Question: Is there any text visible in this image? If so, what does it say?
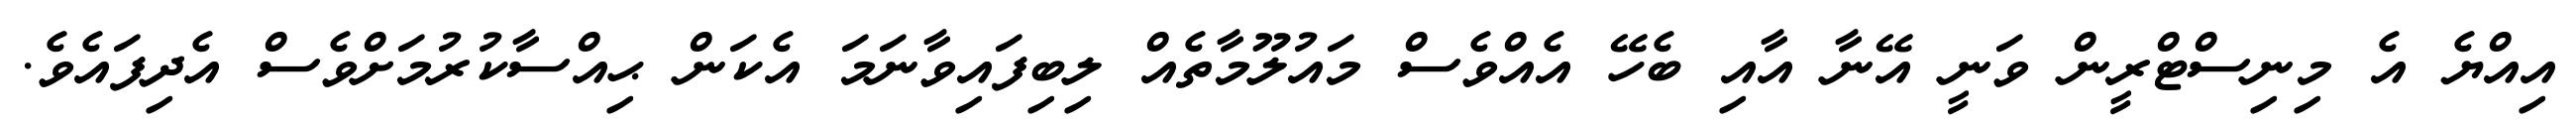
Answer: އިއްޔެ އެ މިނިސްޓްރީން ވަނީ އޭނާ އާއި ބެހޭ އެއްވެސް މައުލޫމާތެއް ލިބިފައިވާނަމަ އެކަން ޙިއްސާކުރުމަށްވެސް އެދިފައެވެ.